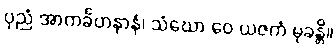
ပုညံ အာကင်္ခဟနာနံ၊ သံဃော ဝေ ယဇကံ မုခန္တိ။